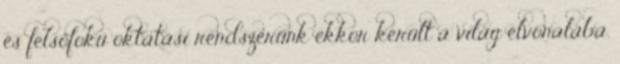
és felsőfokú oktatási rendszerünk ekkor került a világ élvonalába.